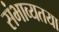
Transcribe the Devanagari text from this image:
संभाव्यतया